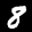
Digit: 8